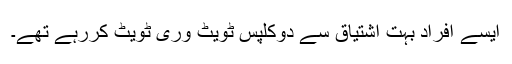
ایسے افراد بہت اشتیاق سے دوکلپس ٹویٹ وری ٹویٹ کررہے تھے۔